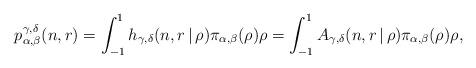
LaTeX: \begin{align*}p^{\gamma, \delta}_{\alpha, \beta}(n,r) = \int_{-1}^{1} h_{\gamma, \delta}(n, r \, | \, \rho) \pi_{\alpha, \beta}(\rho) \rho = \int_{-1}^{1} A_{\gamma, \delta} (n, r \, | \, \rho) \pi_{\alpha, \beta}(\rho) \rho ,\end{align*}